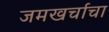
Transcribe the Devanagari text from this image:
जमखर्चाचा